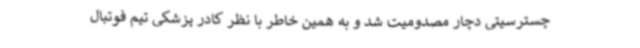
چسترسیتی دچار مصدومیت شد و به همین خاطر با نظر کادر پزشکی تیم فوتبال